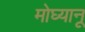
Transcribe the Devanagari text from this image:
मोघ्यानू